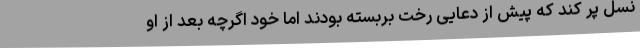
نسل پر کند که پیش از دعایی رخت بربسته بودند اما خود اگرچه بعد از او